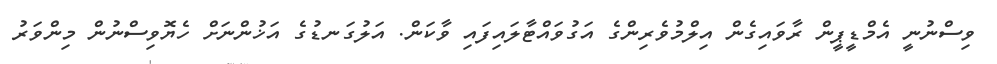
ވިސްނުނީ އެމްޑީޕީން ރާވައިގެން އިލްމުވެރިންގެ އަގުވައްޓާލައިފައި ވާކަން. އަލުގަނޑުގެ އަޚުންނަށް ހެޔޮވިސްނުން މިންވަރު